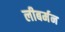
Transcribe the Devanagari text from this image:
लीबर्मन